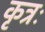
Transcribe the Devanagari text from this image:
कृत्रः